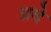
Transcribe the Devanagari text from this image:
प्रदे